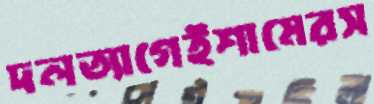
দলত্যাগেইশামেরস